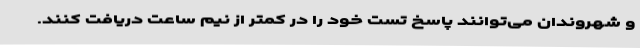
و شهروندان ‌می‌توانند پاسخ تست خود را در کمتر از نیم ساعت دریافت کنند.